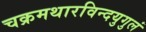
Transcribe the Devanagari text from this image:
चक्रमथारविन्दयुगुलं